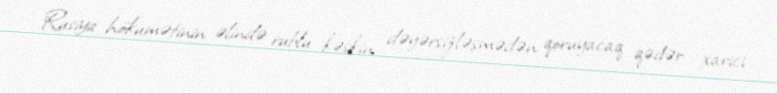
Rusiya hökumətinin əlində rublu kəskin dəyərsizləşmədən qoruyacaq qədər xarici